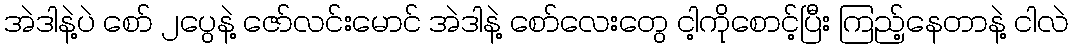
အဲဒါနဲ့ပဲ စော် ၂ပွေနဲ့ ဇော်လင်းမောင် အဲဒါနဲ့ စော်လေးတွေ ငါ့ကိုစောင့်ပြီး ကြည့်နေတာနဲ့ ငါလဲ